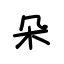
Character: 朵